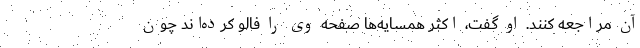
آن مراجعه کنند. او گفت، اکثر همسایه‌ها صفحه وی را فالو کرده‌اند چون